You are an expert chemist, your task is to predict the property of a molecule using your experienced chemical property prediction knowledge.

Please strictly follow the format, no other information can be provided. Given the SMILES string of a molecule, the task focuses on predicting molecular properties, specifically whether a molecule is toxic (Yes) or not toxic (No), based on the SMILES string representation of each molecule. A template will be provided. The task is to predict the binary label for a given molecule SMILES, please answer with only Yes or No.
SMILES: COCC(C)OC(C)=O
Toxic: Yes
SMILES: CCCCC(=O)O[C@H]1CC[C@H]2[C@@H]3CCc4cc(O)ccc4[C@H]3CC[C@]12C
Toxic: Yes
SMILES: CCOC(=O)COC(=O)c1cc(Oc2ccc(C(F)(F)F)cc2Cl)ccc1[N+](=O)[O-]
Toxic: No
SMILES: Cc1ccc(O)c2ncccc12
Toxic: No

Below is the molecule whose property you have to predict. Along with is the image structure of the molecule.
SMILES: N#CSCC(=O)[O-]
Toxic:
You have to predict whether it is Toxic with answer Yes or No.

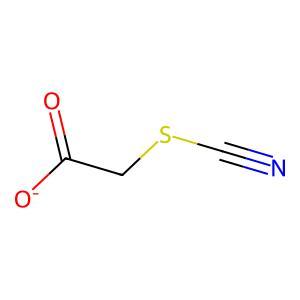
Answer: No